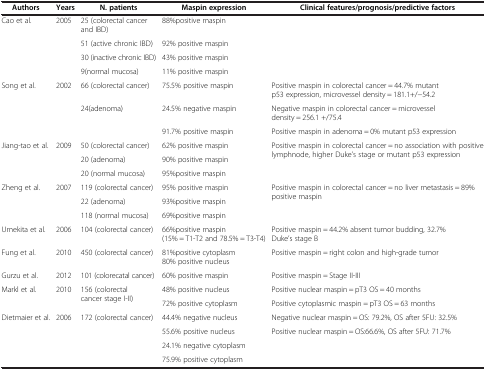
<table><thead><tr><td><b>Authors</b></td><td><b>Years</b></td><td><b>N. patients</b></td><td><b>Maspin expression</b></td><td><b>Clinical features/prognosis/predictive factors</b></td></tr></thead><tbody><tr><td rowspan="4">Cao et al.</td><td rowspan="4">2005</td><td>25 (colorectal cancer and IBD)</td><td>88%positive maspin</td><td rowspan="4"> </td></tr><tr><td>51 (active chronic IBD)</td><td>92% positive maspin</td></tr><tr><td>30 (inactive chronic IBD)</td><td>43% positive maspin</td></tr><tr><td>9(normal mucosa)</td><td>11% positive maspin</td></tr><tr><td rowspan="4">Song et al.</td><td rowspan="4">2002</td><td>66 (colorectal cancer)</td><td>75.5% positive maspin</td><td>Positive maspin in colorectal cancer = 44.7% mutant p53 expression, microvessel density = 181.1+/−54.2</td></tr><tr><td rowspan="3">24(adenoma)</td><td>24.5% negative maspin</td><td>Negative maspin in colorectal cancer = microvessel density = 256.1 +/75.4</td></tr><tr><td rowspan="2">91.7% positive maspin</td><td> </td></tr><tr><td>Positive maspin in adenoma = 0% mutant p53 expression</td></tr><tr><td rowspan="3">Jiang-tao et al.</td><td rowspan="3">2009</td><td>50 (colorectal cancer)</td><td>62% positive maspin</td><td rowspan="3">Positive maspin in colorectal cancer = no association with positive lymphnode, higher Duke’s stage or mutant p53 expression</td></tr><tr><td>20 (adenoma)</td><td>90% positive maspin</td></tr><tr><td>20 (normal mucosa)</td><td>95%positive maspin</td></tr><tr><td rowspan="3">Zheng et al.</td><td rowspan="3">2007</td><td>119 (colorectal cancer)</td><td>95% positive maspin</td><td rowspan="3">Positive maspin in colorectal cancer = no liver metastasis = 89% positive maspin</td></tr><tr><td>22 (adenoma)</td><td>93%positive maspin</td></tr><tr><td>118 (normal mucosa)</td><td>69%positive maspin</td></tr><tr><td>Umekita et al.</td><td>2006</td><td>104 (colorectal cancer)</td><td>66%positive maspin (15% = T1-T2 and 78.5% = T3-T4)</td><td>Positive maspin = 44.2% absent tumor budding, 32.7% Duke’s stage B</td></tr><tr><td>Fung et al.</td><td>2010</td><td>450 (colorectal cancer)</td><td>81%positive cytoplasm 80% positive nucleus</td><td>Positive maspin = right colon and high-grade tumor</td></tr><tr><td>Gurzu et al.</td><td>2012</td><td>101 (colorecatal cancer)</td><td>60% positive maspin</td><td>Positive maspin = Stage II-III</td></tr><tr><td rowspan="2">Markl et al.</td><td rowspan="2">2010</td><td rowspan="2">156 (colorectal cancer stage I-II)</td><td>48% positive nucleus</td><td>Positive nuclear maspin = pT3 OS = 40 months</td></tr><tr><td>72% positive cytoplasm</td><td>Positive cytoplasmic maspin = pT3 OS = 63 months</td></tr><tr><td rowspan="3">Dietmaier et al.</td><td rowspan="3">2006</td><td rowspan="3">172 (colorectal cancer)</td><td>44.4% negative nucleus</td><td>Negative nuclear maspin = OS: 79.2%, OS after 5FU: 32.5%</td></tr><tr><td>55.6% positive nucleus</td><td rowspan="2">Positive nuclear maspin = OS:66.6%, OS after 5FU: 71.7%</td></tr><tr><td>24.1% negative cytoplasm</td></tr><tr><td> </td><td> </td><td> </td><td>75.9% positive cytoplasm</td><td> </td></tr></tbody></table>